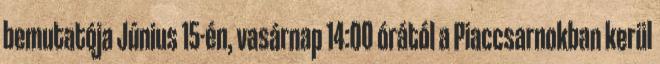
bemutatója Június 15-én, vasárnap 14:00 órától a Piaccsarnokban kerül